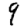
Digit: 9